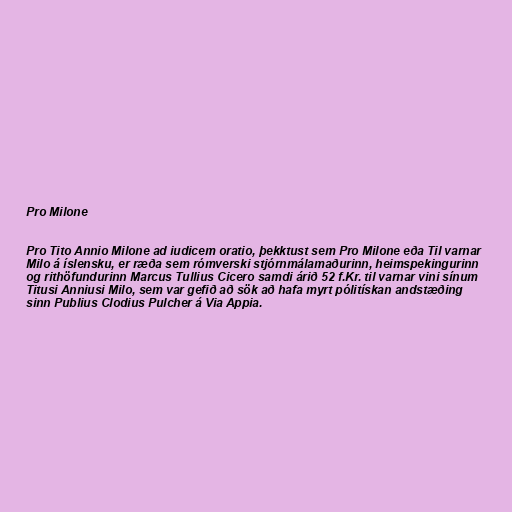
Pro Milone

Pro Tito Annio Milone ad iudicem oratio, þekktust sem Pro Milone eða Til varnar
Milo á íslensku, er ræða sem rómverski stjórnmálamaðurinn, heimspekingurinn
og rithöfundurinn Marcus Tullius Cicero samdi árið 52 f.Kr. til varnar vini sínum
Titusi Anniusi Milo, sem var gefið að sök að hafa myrt pólitískan andstæðing
sinn Publius Clodius Pulcher á Via Appia.